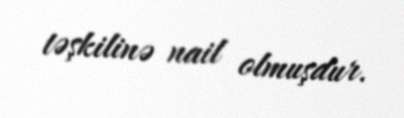
təşkilinə nail olmuşdur.